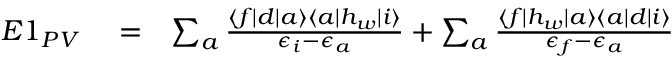
\begin{array} { r l r } { E 1 _ { P V } } & { { } = } & { \sum _ { a } \frac { \langle f | d | a \rangle \langle a | h _ { w } | i \rangle } { \epsilon _ { i } - \epsilon _ { a } } + \sum _ { a } \frac { \langle f | h _ { w } | a \rangle \langle a | d | i \rangle } { \epsilon _ { f } - \epsilon _ { a } } } \end{array}